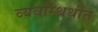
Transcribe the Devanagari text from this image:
व्यवस्थिथीत